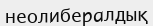
неолибералдық